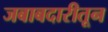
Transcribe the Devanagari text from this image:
जबाबदारीतून